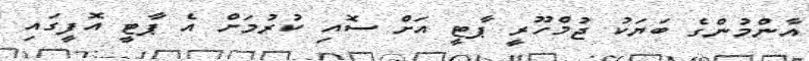
އާންމުންގެ ބަޔަކު ޖުމްހޫރީ ޕާޓީ އަށް ސޮއި ކުރުމަށް އެ ޕާޓީ އޮފީގައި